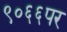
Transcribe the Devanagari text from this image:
९०६६पर